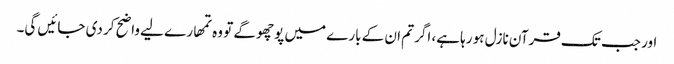
اور جب تک قرآن نازل ہو رہا ہے، اگر تم ان کے بارے میں پوچھو گے تو وہ تمھارے لیے واضح کر دی جائیں گی۔